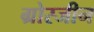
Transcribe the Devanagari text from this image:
ग्रोस्जीन